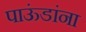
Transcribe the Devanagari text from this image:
पाऊंडांना